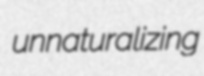
unnaturalizing